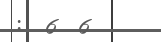
:  6  6